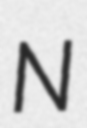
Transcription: N